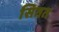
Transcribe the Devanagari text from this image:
सितत